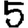
Digit: 5